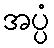
အပ္ပံ